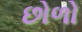
છોળો